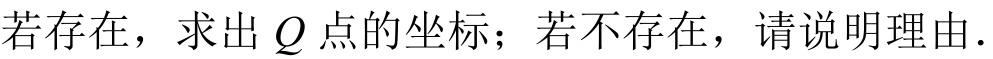
若存在，求出\(Q\)点的坐标；若不存在，请说明理由.